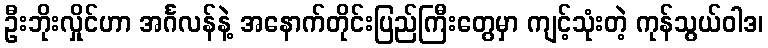
ဦးဘိုးလှိုင်ဟာ အင်္ဂလန်နဲ့ အနောက်တိုင်းပြည်ကြီးတွေမှာ ကျင့်သုံးတဲ့ ကုန်သွယ်ဝါဒ၊